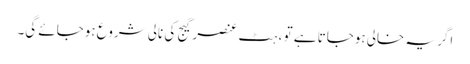
اگر یہ خالی ہوجاتا ہے تو ، ہٹ عنصر گیج کی نالی شروع ہوجائے گی۔